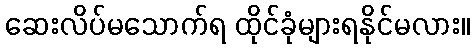
ဆေးလိပ်မသောက်ရ ထိုင်ခုံများရနိုင်မလား။